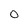
Character: O